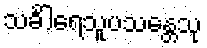
သင်္ခါရေသူပသန္တေသု